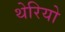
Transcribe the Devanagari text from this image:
थेरियो